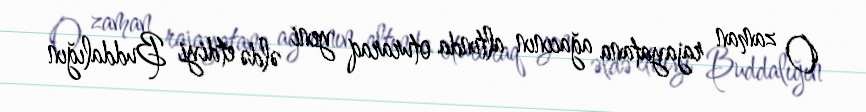
O zaman rajayatana ağacının altında oturaraq yeni əldə etdiyi Buddalığın